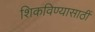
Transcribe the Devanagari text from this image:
शिकविण्यासाठीं